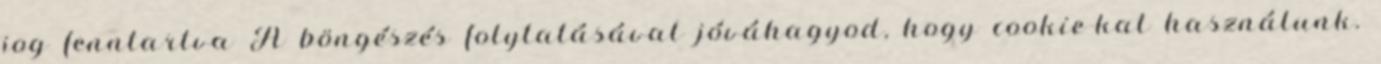
jog fenntartva A böngészés folytatásával jóváhagyod, hogy cookie-kat használunk.